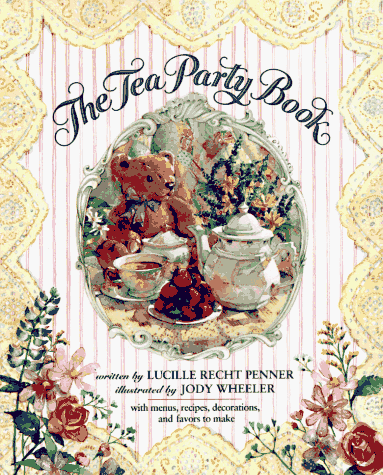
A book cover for The Tea Party Book; Lucille Recht Penner; Cookbooks, Food & Wine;